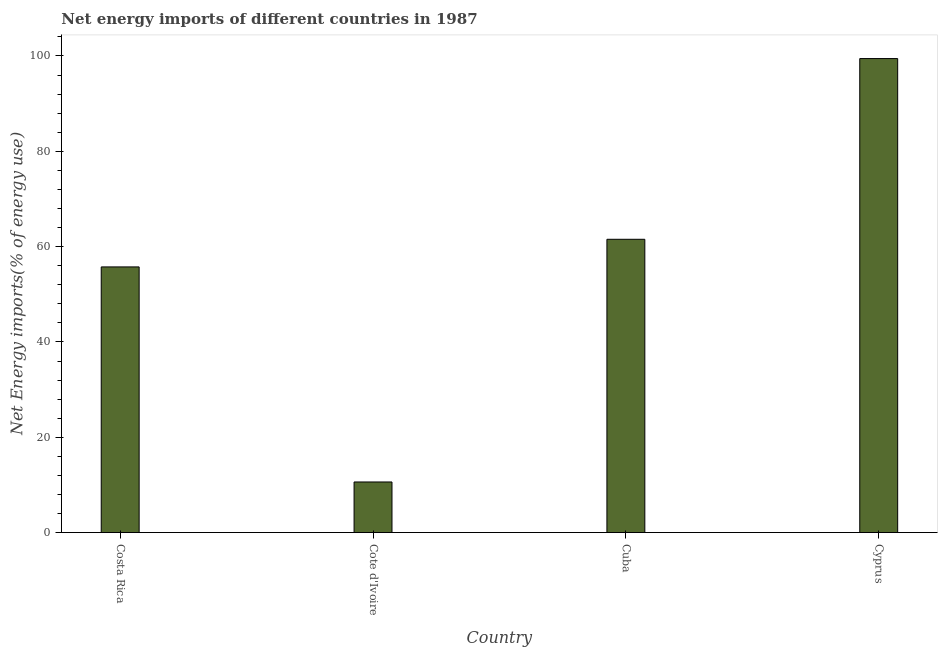
| Country | Energy imports |
 | --- | --- |
 | Costa Rica | 55.7 |
 | Cote d'Ivoire | 10.6 |
 | Cuba | 61.5 |
 | Cyprus | 99.5 |